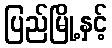
ပြည်မြို့နှင့်